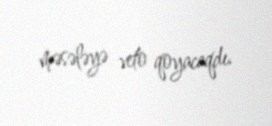
məsələyə veto qoyacaqdı.